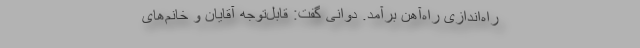
راه‌اندازی را‌ه‌آهن برآمد. دوانی گفت: قابل‌توجه آقایان و خانم‌های